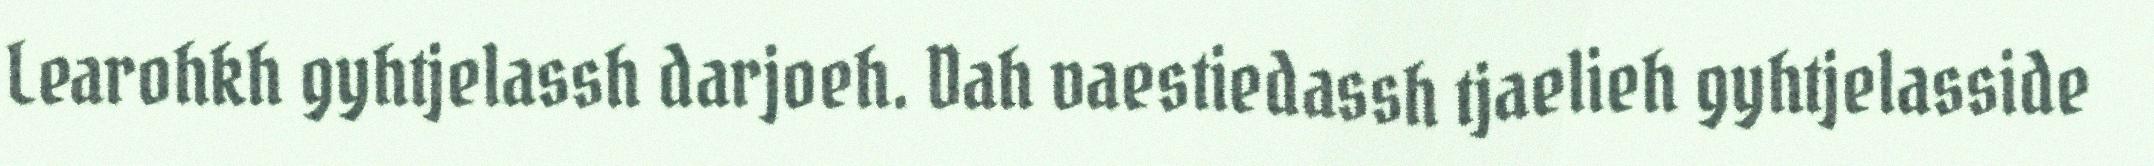
Learohkh gyhtjelassh darjoeh. Dah vaestiedassh tjaelieh gyhtjelasside